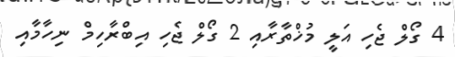
4 ގޯލް ޖެހި އަލީ މުޚްތާރާއި 2 ގޯލް ޖެހި އިބްރާހިމް ނިހާމާއި